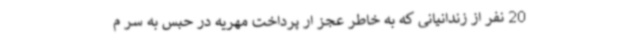
20 نفر از زندانیانی که به خاطر عجز ار پرداخت مهریه در حبس به سر م